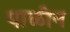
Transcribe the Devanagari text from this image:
पाळीन